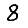
Digit: 8